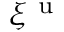
\xi ^ { \mathrm { ~ u ~ } }